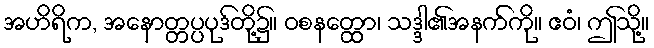
အဟိရိက, အနောတ္တပ္ပပုဒ်တို့၌။ ဝစနတ္ထော၊ သဒ္ဒါ၏အနက်ကို။ ဧဝံ၊ ဤသို့။